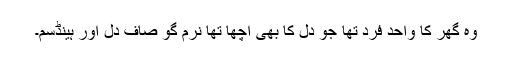
وہ گھر کا واحد فرد تھا جو دل کا بھی اچھا تھا نرم گو صاف دل اور ہینڈسم۔